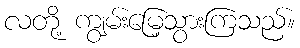
လတို့ ကျွမ်းမြေ့သွားကြသည်။